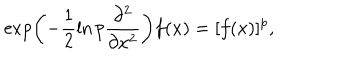
LaTeX: \exp \left( - \frac { 1 } { 2 } \ln p \frac { \partial ^ { 2 } } { \partial x ^ { 2 } } \right) f ( x ) = [ f ( x ) ] ^ { p } ,